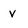
Character: V